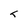
Character: L